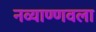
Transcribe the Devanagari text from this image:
नव्याण्णवला